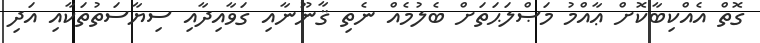
ގޮތް އެއްކިބާކޮށް ޢާއްމު މަޞްލަޙަތަށް ބެލުމެއް ނެތި ޤާނޫނާއި ގަވާއިދާއި ސިޔާސަތުތަކާއި އަދި